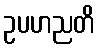
ဥပဟညတိ